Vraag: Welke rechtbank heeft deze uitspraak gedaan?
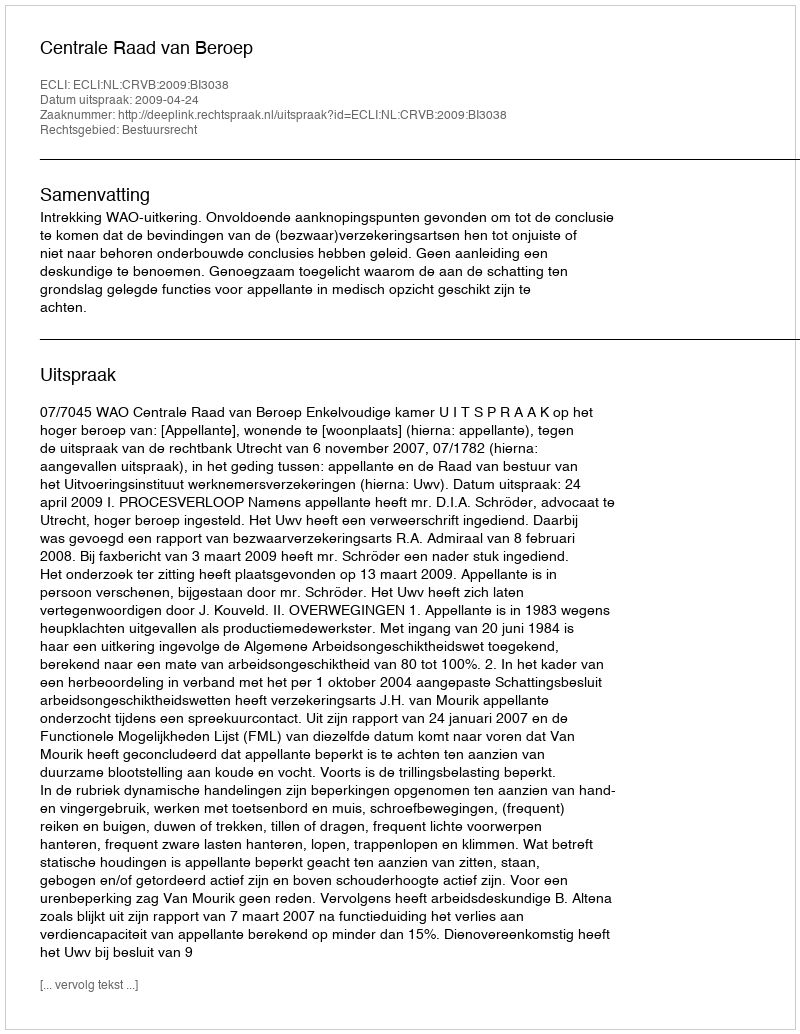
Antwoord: Centrale Raad van Beroep